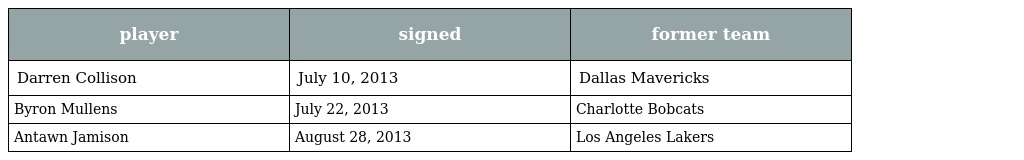
| player | signed | former team |
 | --- | --- | --- |
 | Darren Collison | July 10, 2013 | Dallas Mavericks |
 | Byron Mullens | July 22, 2013 | Charlotte Bobcats |
 | Antawn Jamison | August 28, 2013 | Los Angeles Lakers |